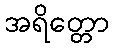
အရိတ္တော